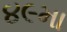
૪૯મા